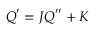
\boldsymbol { Q } ^ { \prime } = \boldsymbol { J } \boldsymbol { Q } ^ { \prime \prime } + \boldsymbol { K }